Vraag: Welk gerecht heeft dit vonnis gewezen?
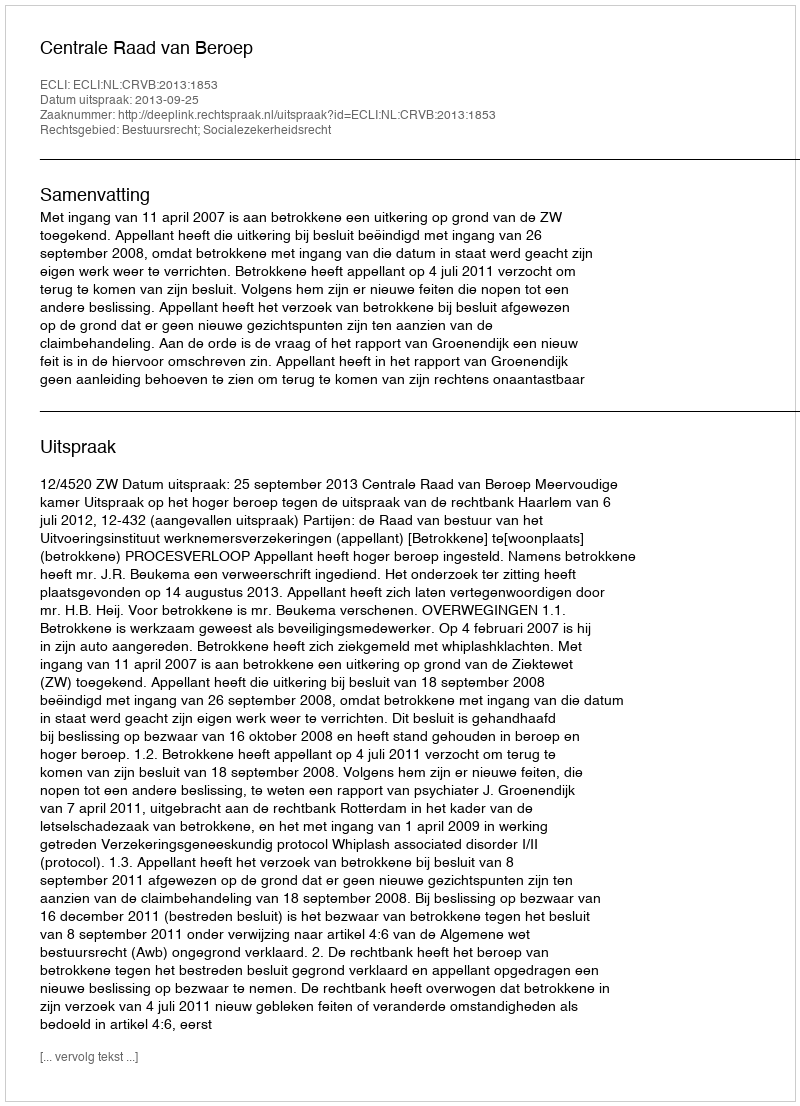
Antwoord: Centrale Raad van Beroep